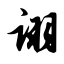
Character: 诩